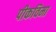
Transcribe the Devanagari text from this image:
पीकविमा